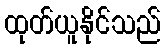
ထုတ်ယူနိုင်သည်